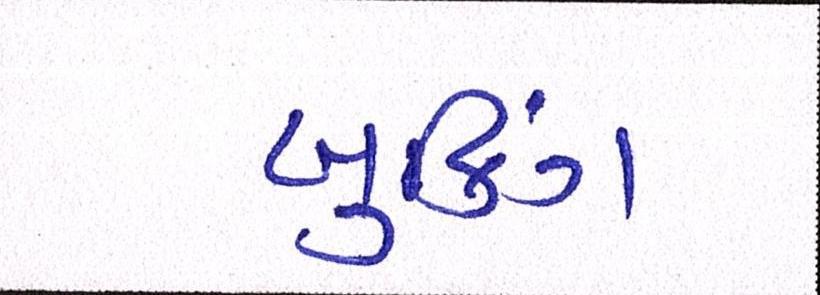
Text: બુકિંગ